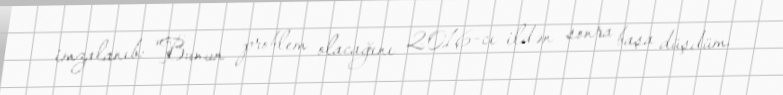
imzalanıb: "Bunun problem olacağını 2016-cı ildən sonra başa düşdüm.